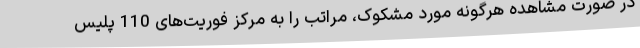
در صورت مشاهده هرگونه مورد مشکوک، مراتب را به مرکز فوریت‌های 110 پلیس